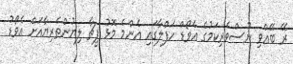
ރޭ ބޭއްވި ނޫސްވެރިކަމުގެ އެވޯޑް ހަފްލާގައި އެންމެ މޮޅު ފީޗާ ލިޔުންތެރިޔާއަށް އެވޯޑު